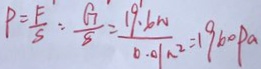
P = \frac { F } { S } = \frac { G } { S } = \frac { 1 9 . 6 N } { 0 . 0 1 n ^ { 2 } } = 1 9 6 0 p a